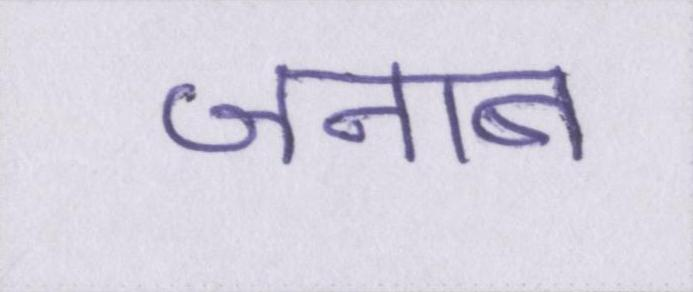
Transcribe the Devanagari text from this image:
जनाब